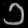
Digit: ၁